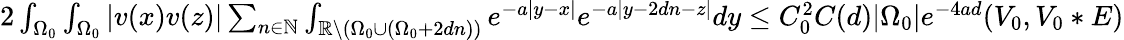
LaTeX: \begin{array}{r}{2\int_{\Omega_{0}}\int_{\Omega_{0}}|v(x)v(z)|\sum_{n\in\mathbb{N}}\int_{\mathbb{R}\setminus({\Omega_{0}}\cup({\Omega_{0}}+2dn))}e^{-a|y-x|}e^{-a|y-2dn-z|}dy\leq C_{0}^{2}C(d)|{\Omega_{0}}|e^{-4ad}(V_{0},V_{0}*E)}\end{array}